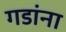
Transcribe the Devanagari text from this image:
गडांना